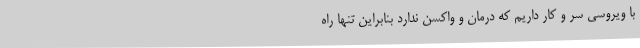
با ویروسی سر و کار داریم که درمان و واکسن ندارد بنابراین تنها راه